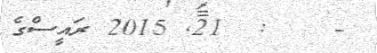
-    :  21